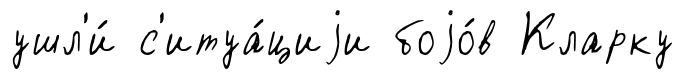
ушл'и́ с'итуа́циjи боjо́в Кларку